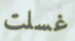
غسلت